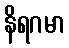
နိရဂမာ